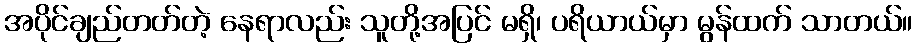
အပိုင်ချည်တတ်တဲ့ နေရာလည်း သူတို့အပြင် မရှိ၊ ပရိယာယ်မှာ မွန်ထက် သာတယ်။